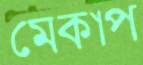
মেকাপ